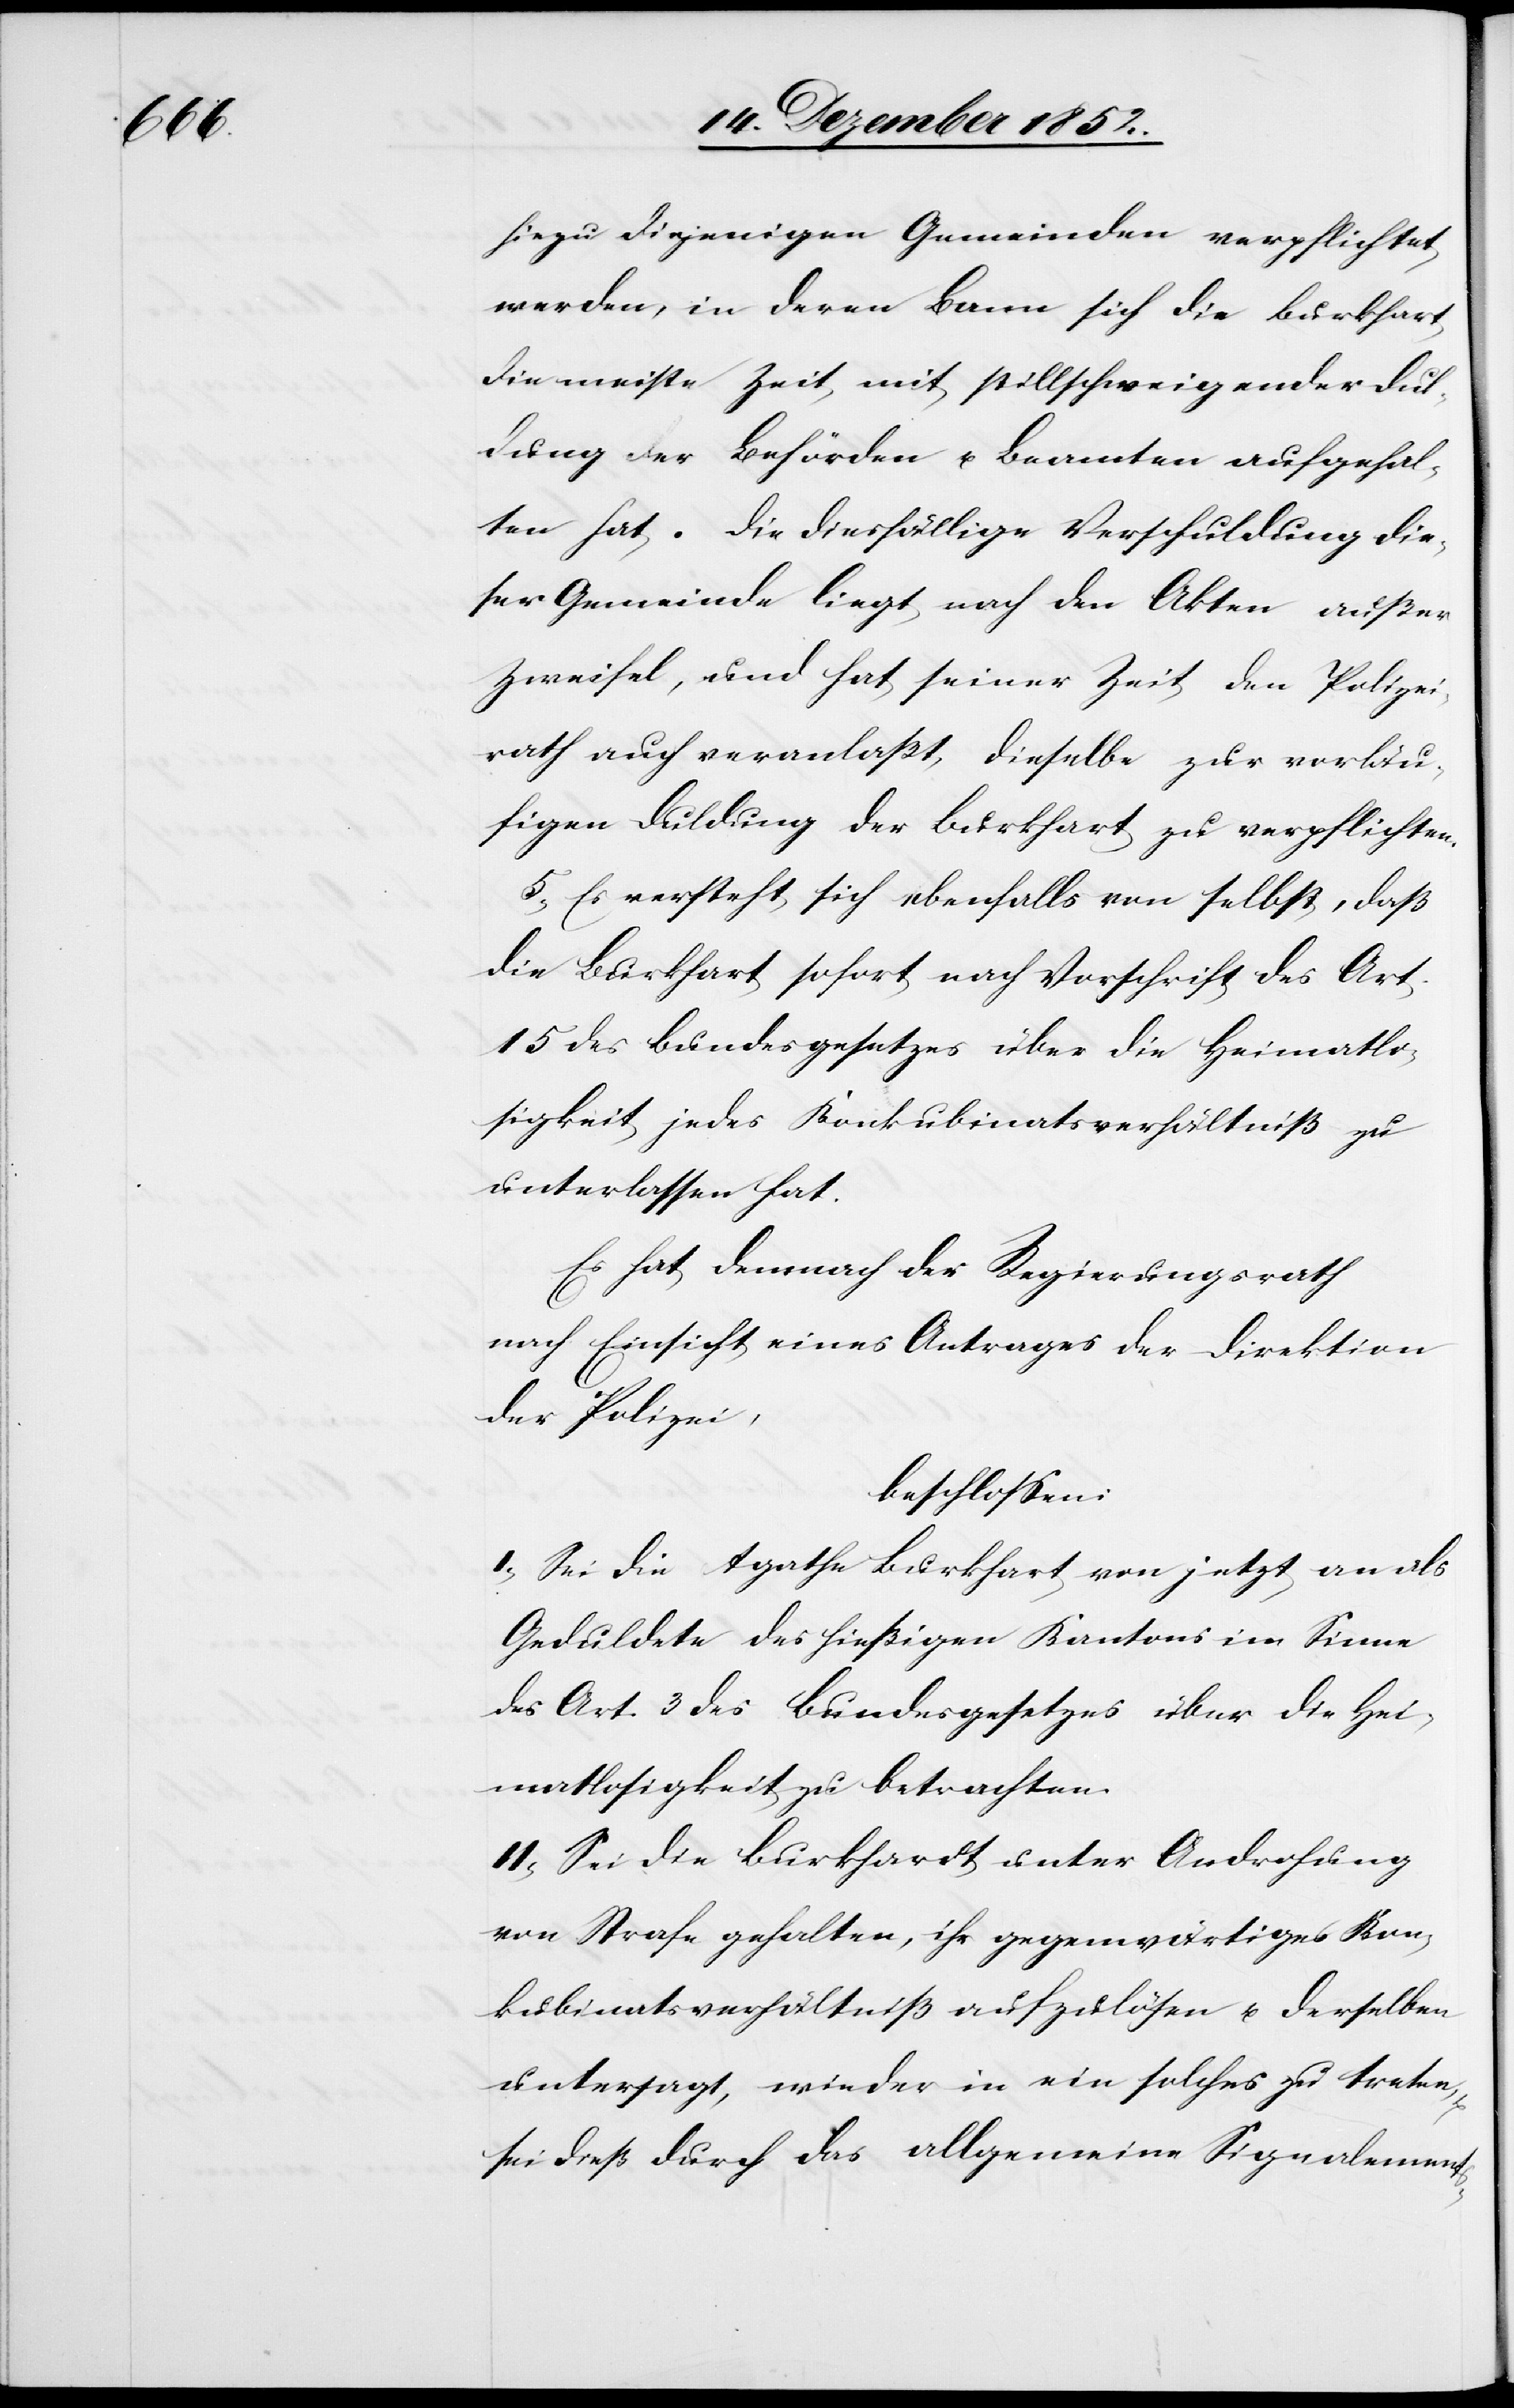
hiezu diejenigen Gemeinden verpflichtet
werden, in deren Bann sich die Burkhart
die meiste Zeit mit stillschweigender Dul¬
dung der Behörden u. Beamten aufgehal¬
ten hat. Die diesfällige Verschuldung die¬
ser Gemeinde liegt nach den Akten außer
Zweifel, und hat seiner Zeit den Polizei¬
rath auch veranlaßt, dieselbe zur vorläu¬
figen Duldung der Burkhart zu verpflichten.
5, Es versteht sich ebenfalls von selbst, daß
die Burkhart sofort nach Vorschrift des Art.
15 des Bundesgesetzes über die Heimatlo¬
sigkeit jedes Konkubinatsverhältniß zu
unterlassen hat.
Es hat demnach der Regierungsrath
nach Einsicht eines Antrages der Direktion
der Polizei,
beschlossen:
I, Sei die Agathe Burkhart von jetzt an als
Geduldete des hießigen Kantons im Sinne
des Art. 3 des Bundesgesetzes über die Hei¬
matlosigkeit zu betrachten.
II, Sei die Burkhardt unter Androhung
von Strafe gehalten, ihr gegenwärtiges Kon¬
kubinatsverhältniß aufzulösen u. derselben
untersagt, wieder in ein solches zu treten,
sei dieß durch das allgemeine Signalements-